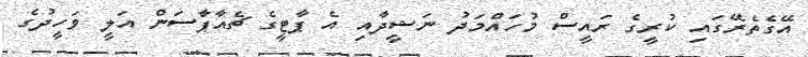
އޭގެތެރޭގައި ކުރީގެ ރައީސް މުހައްމަދު ނަޝީދާއި އެ ޕާޓީގެ ޗެއާޕާސަން އަލީ ވަހީދުގެ